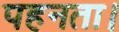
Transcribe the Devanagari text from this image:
पहनता।